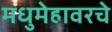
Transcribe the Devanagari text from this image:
मधुमेहावरचे